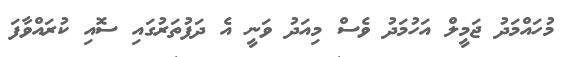
މުހައްމަދު ޖަމީލް އަހުމަދު ވެސް މިއަދު ވަނީ އެ ދަފުތަރުގައި ސޮއި ކުރައްވާފަ